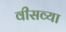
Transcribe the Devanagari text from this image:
वीसव्या